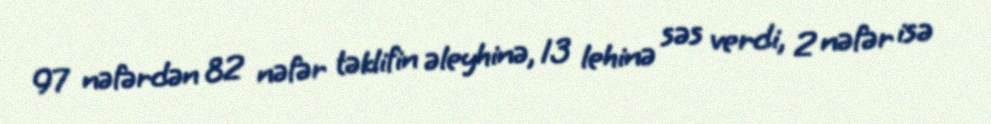
97 nəfərdən 82 nəfər təklifin əleyhinə, 13 lehinə səs verdi, 2 nəfər isə